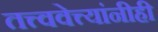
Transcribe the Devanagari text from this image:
तत्त्ववेत्त्यांनीही